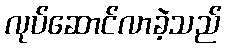
လုပ်ဆောင်လာခဲ့သည်